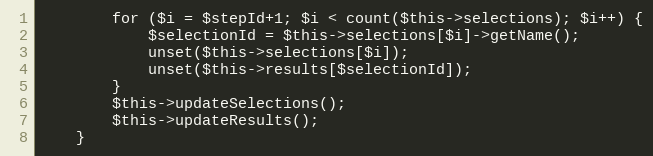
Language: PHP
        for ($i = $stepId+1; $i < count($this->selections); $i++) {
            $selectionId = $this->selections[$i]->getName();
            unset($this->selections[$i]);
            unset($this->results[$selectionId]);
        }
        $this->updateSelections();
        $this->updateResults();
    }